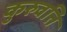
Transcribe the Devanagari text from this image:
कुरुवत्ति